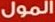
المول